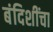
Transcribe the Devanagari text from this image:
बंदिशींचा